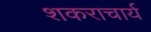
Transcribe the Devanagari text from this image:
शकराचार्य